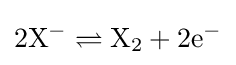
\mathrm {2X^{-}\rightleftharpoons X_{2}+2e^{-}}